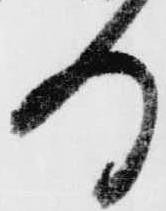
る